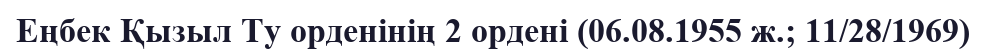
Еңбек Қызыл Ту орденінің 2 ордені (06.08.1955 ж.; 11/28/1969)